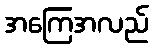
အကြေအလည်